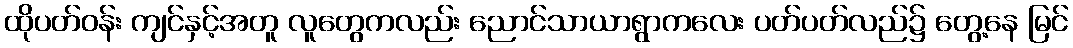
ထိုပတ်ဝန်း ကျင်နှင့်အတူ လူတွေကလည်း ညောင်သာယာရွာကလေး ပတ်ပတ်လည်၌ တွေ့နေ မြင်